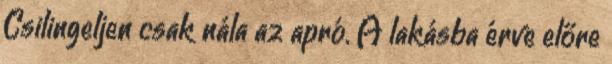
Csilingeljen csak nála az apró. A lakásba érve előre